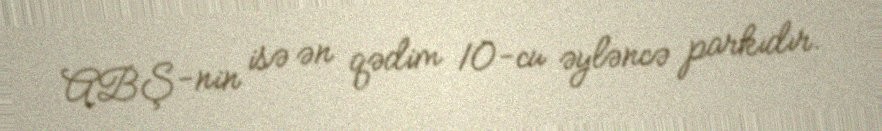
ABŞ-nin isə ən qədim 10-cu əyləncə parkıdır.